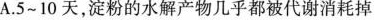
A.5~10天，淀粉的水解产物几乎都被代谢消耗掉